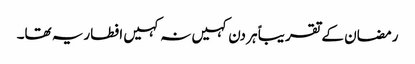
رمضان کے تقریباً ہر دن کہیں نہ کہیں افطاریہ تھا۔